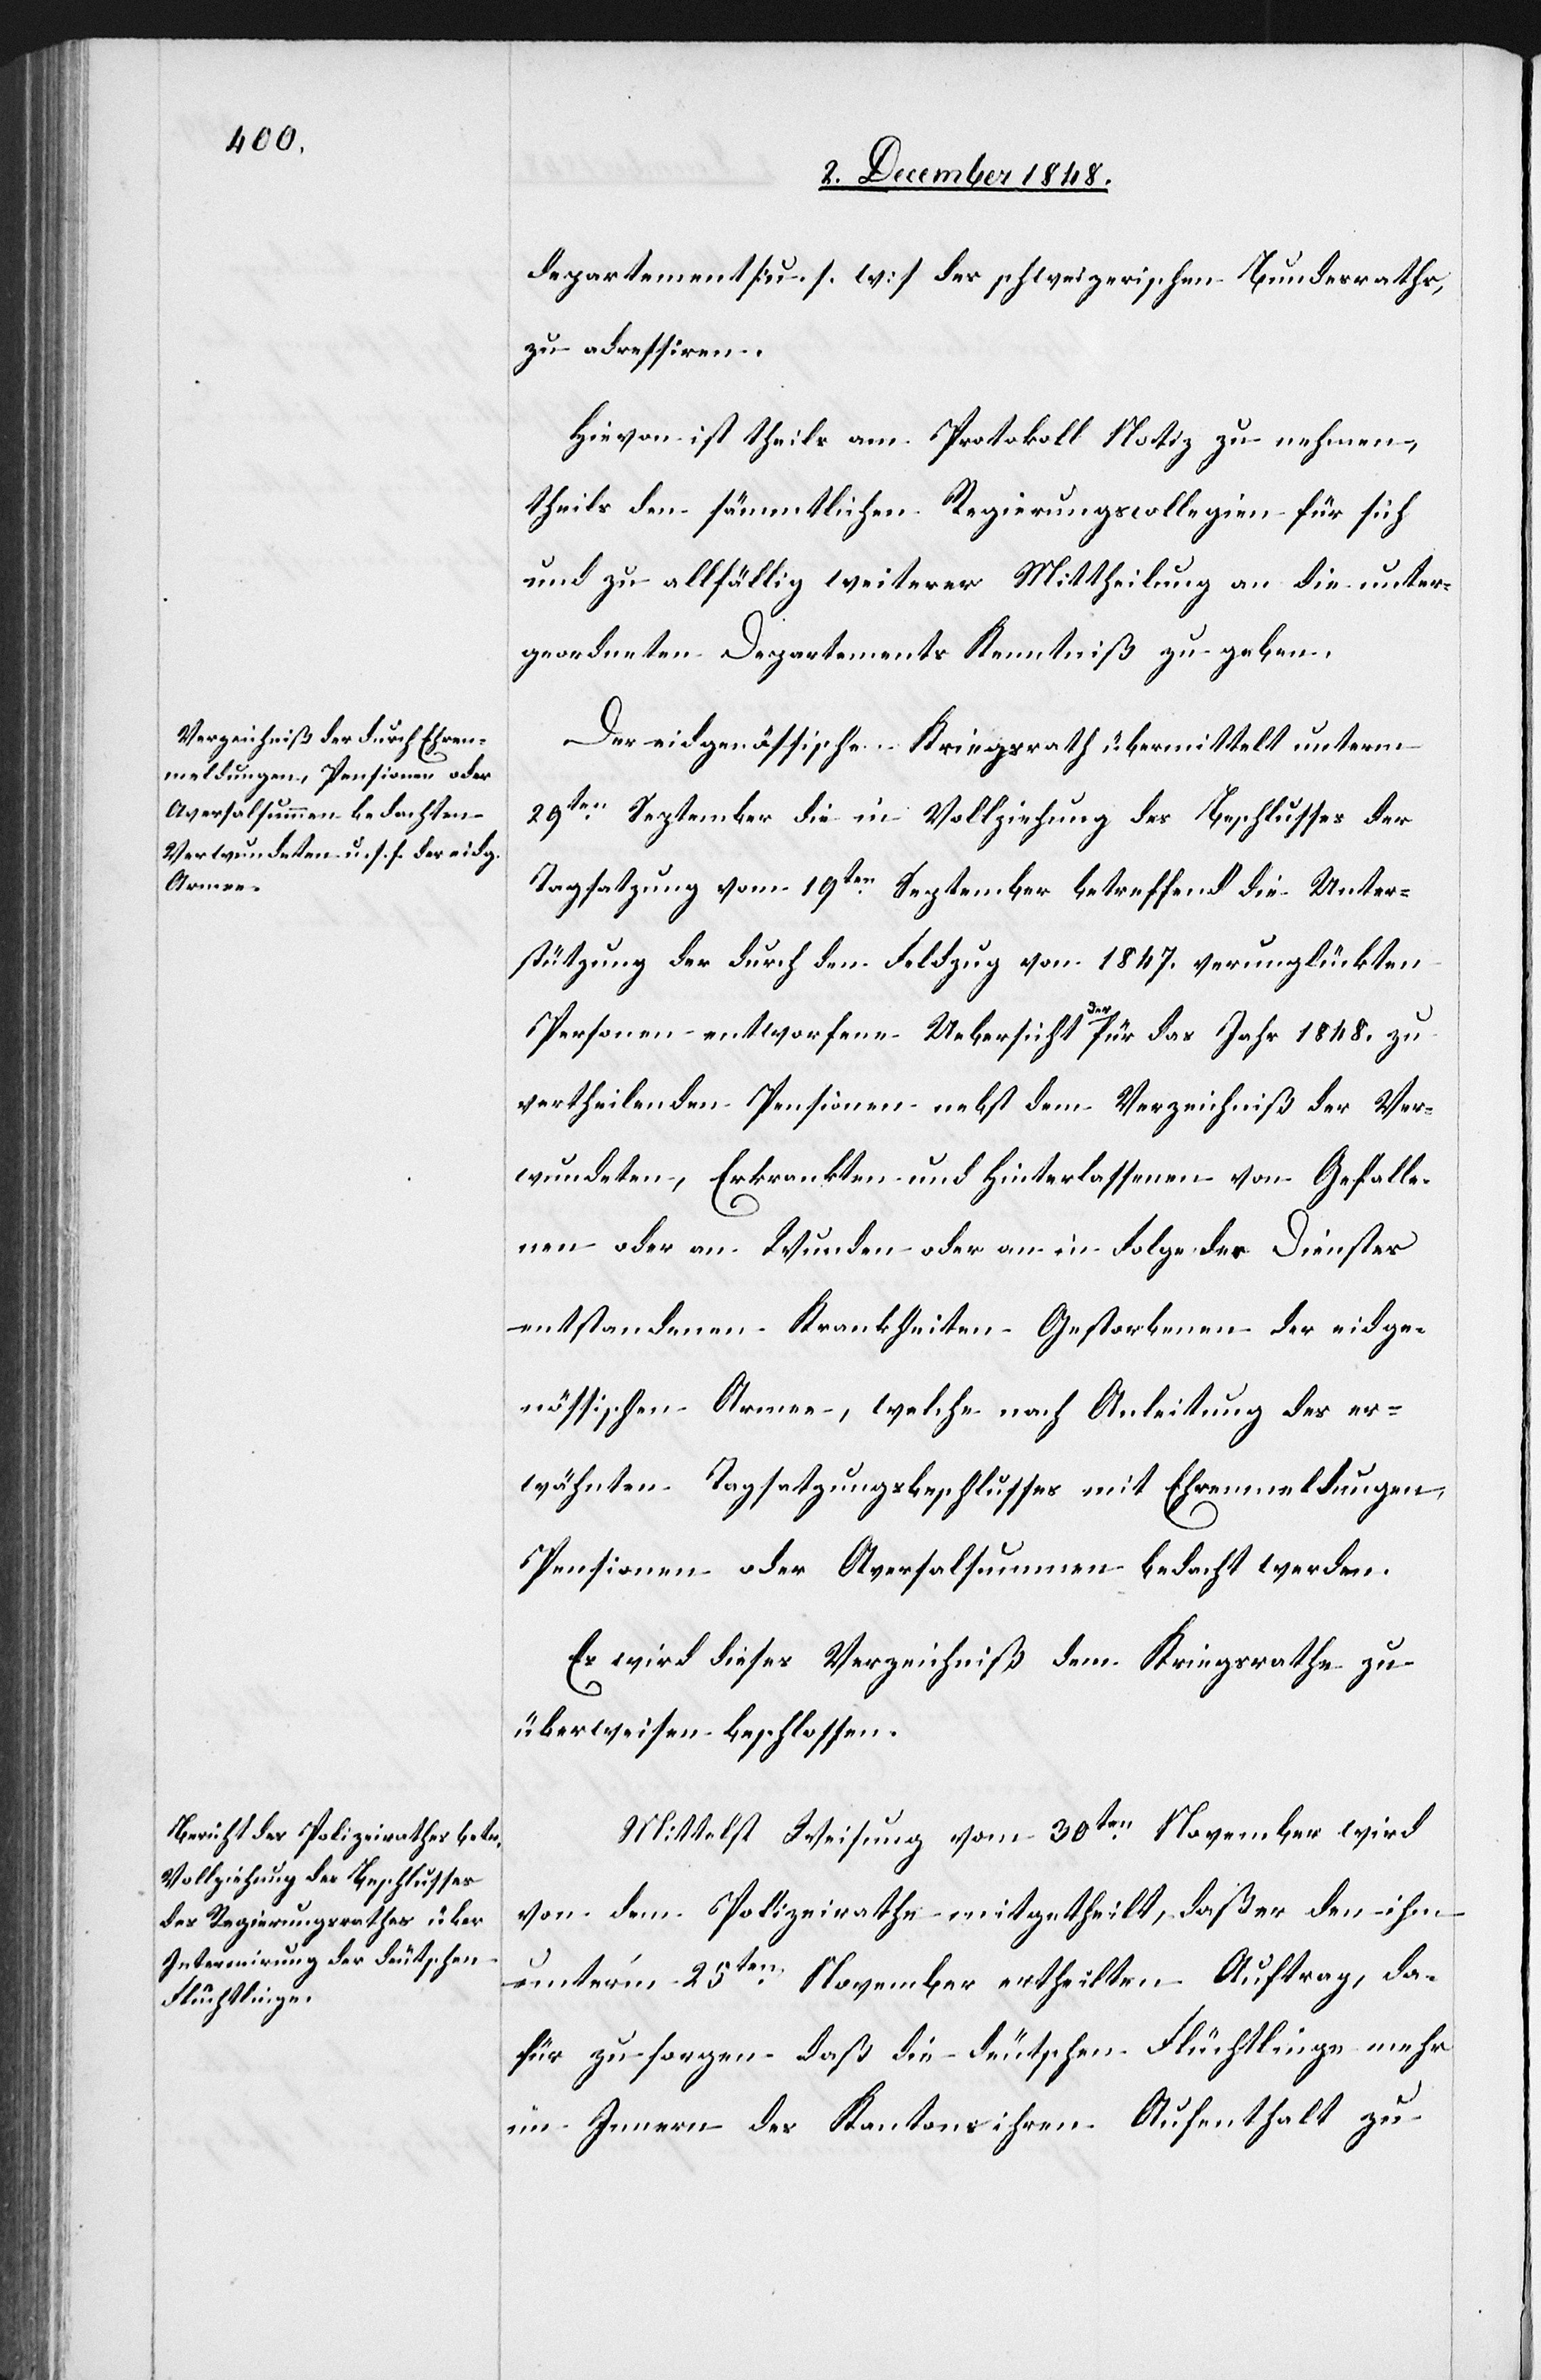
Departement [u. s. w.] des schweizerischen Bundesraths,
zu adressiren.
Hievon ist theils am Protokoll Notiz zu nehmen,
theils den sämmtlichen Regierungscollegien für sich
und zu allfällig weiterer Mittheilung an die unter¬
geordneten Departements Kenntniß zu geben.
Der eidgenössische Kriegsrath übermittelt unterm
29ten September die in Vollziehung des Beschlusses der
Tagsatzung vom 19ten September betreffend die Unter¬
stützung der durch den Feldzug von 1847. verunglückten
Personen entworfene Uebersicht der für das Jahr 1848. zu
vertheilenden Pensionen nebst dem Verzeichniß der Ver¬
wundeten, Erkrankten und Hinterlassenen von Gefalle¬
nen oder an Wunden oder an in Folge des Dienstes
entstandenen Krankheiten Gestorbenen der eidge¬
nössischen Armee, welche nach Anleitung des er¬
wähnten Tagsatzungsbeschlusses mit Ehrenmeldungen,
Pensionen oder Aversalsummen bedacht werden.
Es wird dieses Verzeichniß dem Kriegsrathe zu
überweisen beschlossen.
Mittelst Weisung vom 30ten November wird
von dem Polizeirathe mitgetheilt, daß er den ihm
unter’m 25ten November ertheilten Auftrag, da¬
für zu sorgen daß die deutschen Flüchtlinge mehr
im Innern des Kantons ihren Aufenthalt zu